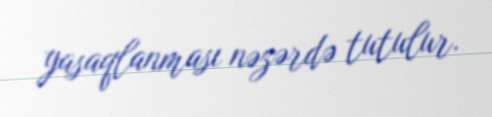
yasaqlanması nəzərdə tutulur.